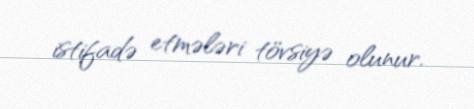
istifadə etmələri tövsiyə olunur.